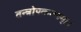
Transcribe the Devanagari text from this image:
तन्त्रोपकरणम्।।